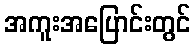
အကူးအပြောင်းတွင်